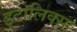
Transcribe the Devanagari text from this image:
इटालिक्स